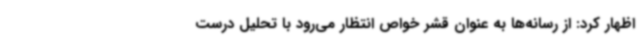
اظهار کرد: از رسانه‌ها به عنوان قشر خواص انتظار می‌رود با تحلیل درست